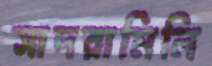
সাদরামিলি